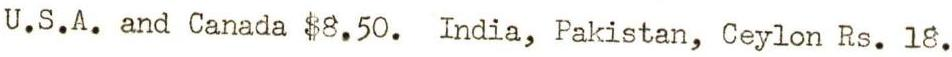
U.S.A. and Canada $8.50. India, Pakistan, Ceylon Rs. 18.